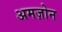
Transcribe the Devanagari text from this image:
अमज़ोन